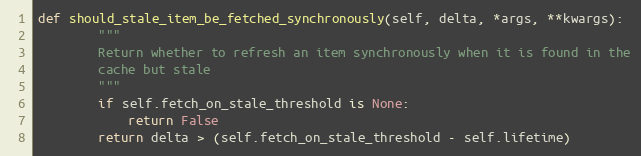
Language: Python
def should_stale_item_be_fetched_synchronously(self, delta, *args, **kwargs):
        """
        Return whether to refresh an item synchronously when it is found in the
        cache but stale
        """
        if self.fetch_on_stale_threshold is None:
            return False
        return delta > (self.fetch_on_stale_threshold - self.lifetime)